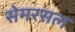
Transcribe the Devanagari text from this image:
सेमरसल